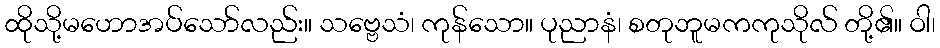
ထိုသို့မဟောအပ်သော်လည်း။ သဗ္ဗေသံ၊ ကုန်သော။ ပုညာနံ၊ စတုဘူမကကုသိုလ် တို့၏။ ဝါ၊